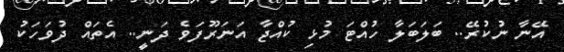
އޭނާ ނުކުރޭ.. ބަލަބަލާ ހުއްޓަ މުޅި ކުއްޖާ އަނަރޫފަވެ ދަނީ.. އެތައް ދުވަހަކު